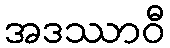
အဒဿာဝီ